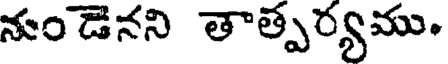
నుండెనని తాత్పర్యము.